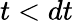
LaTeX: t<dt